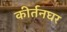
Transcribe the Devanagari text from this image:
कीर्तनघर